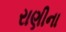
રાણીના